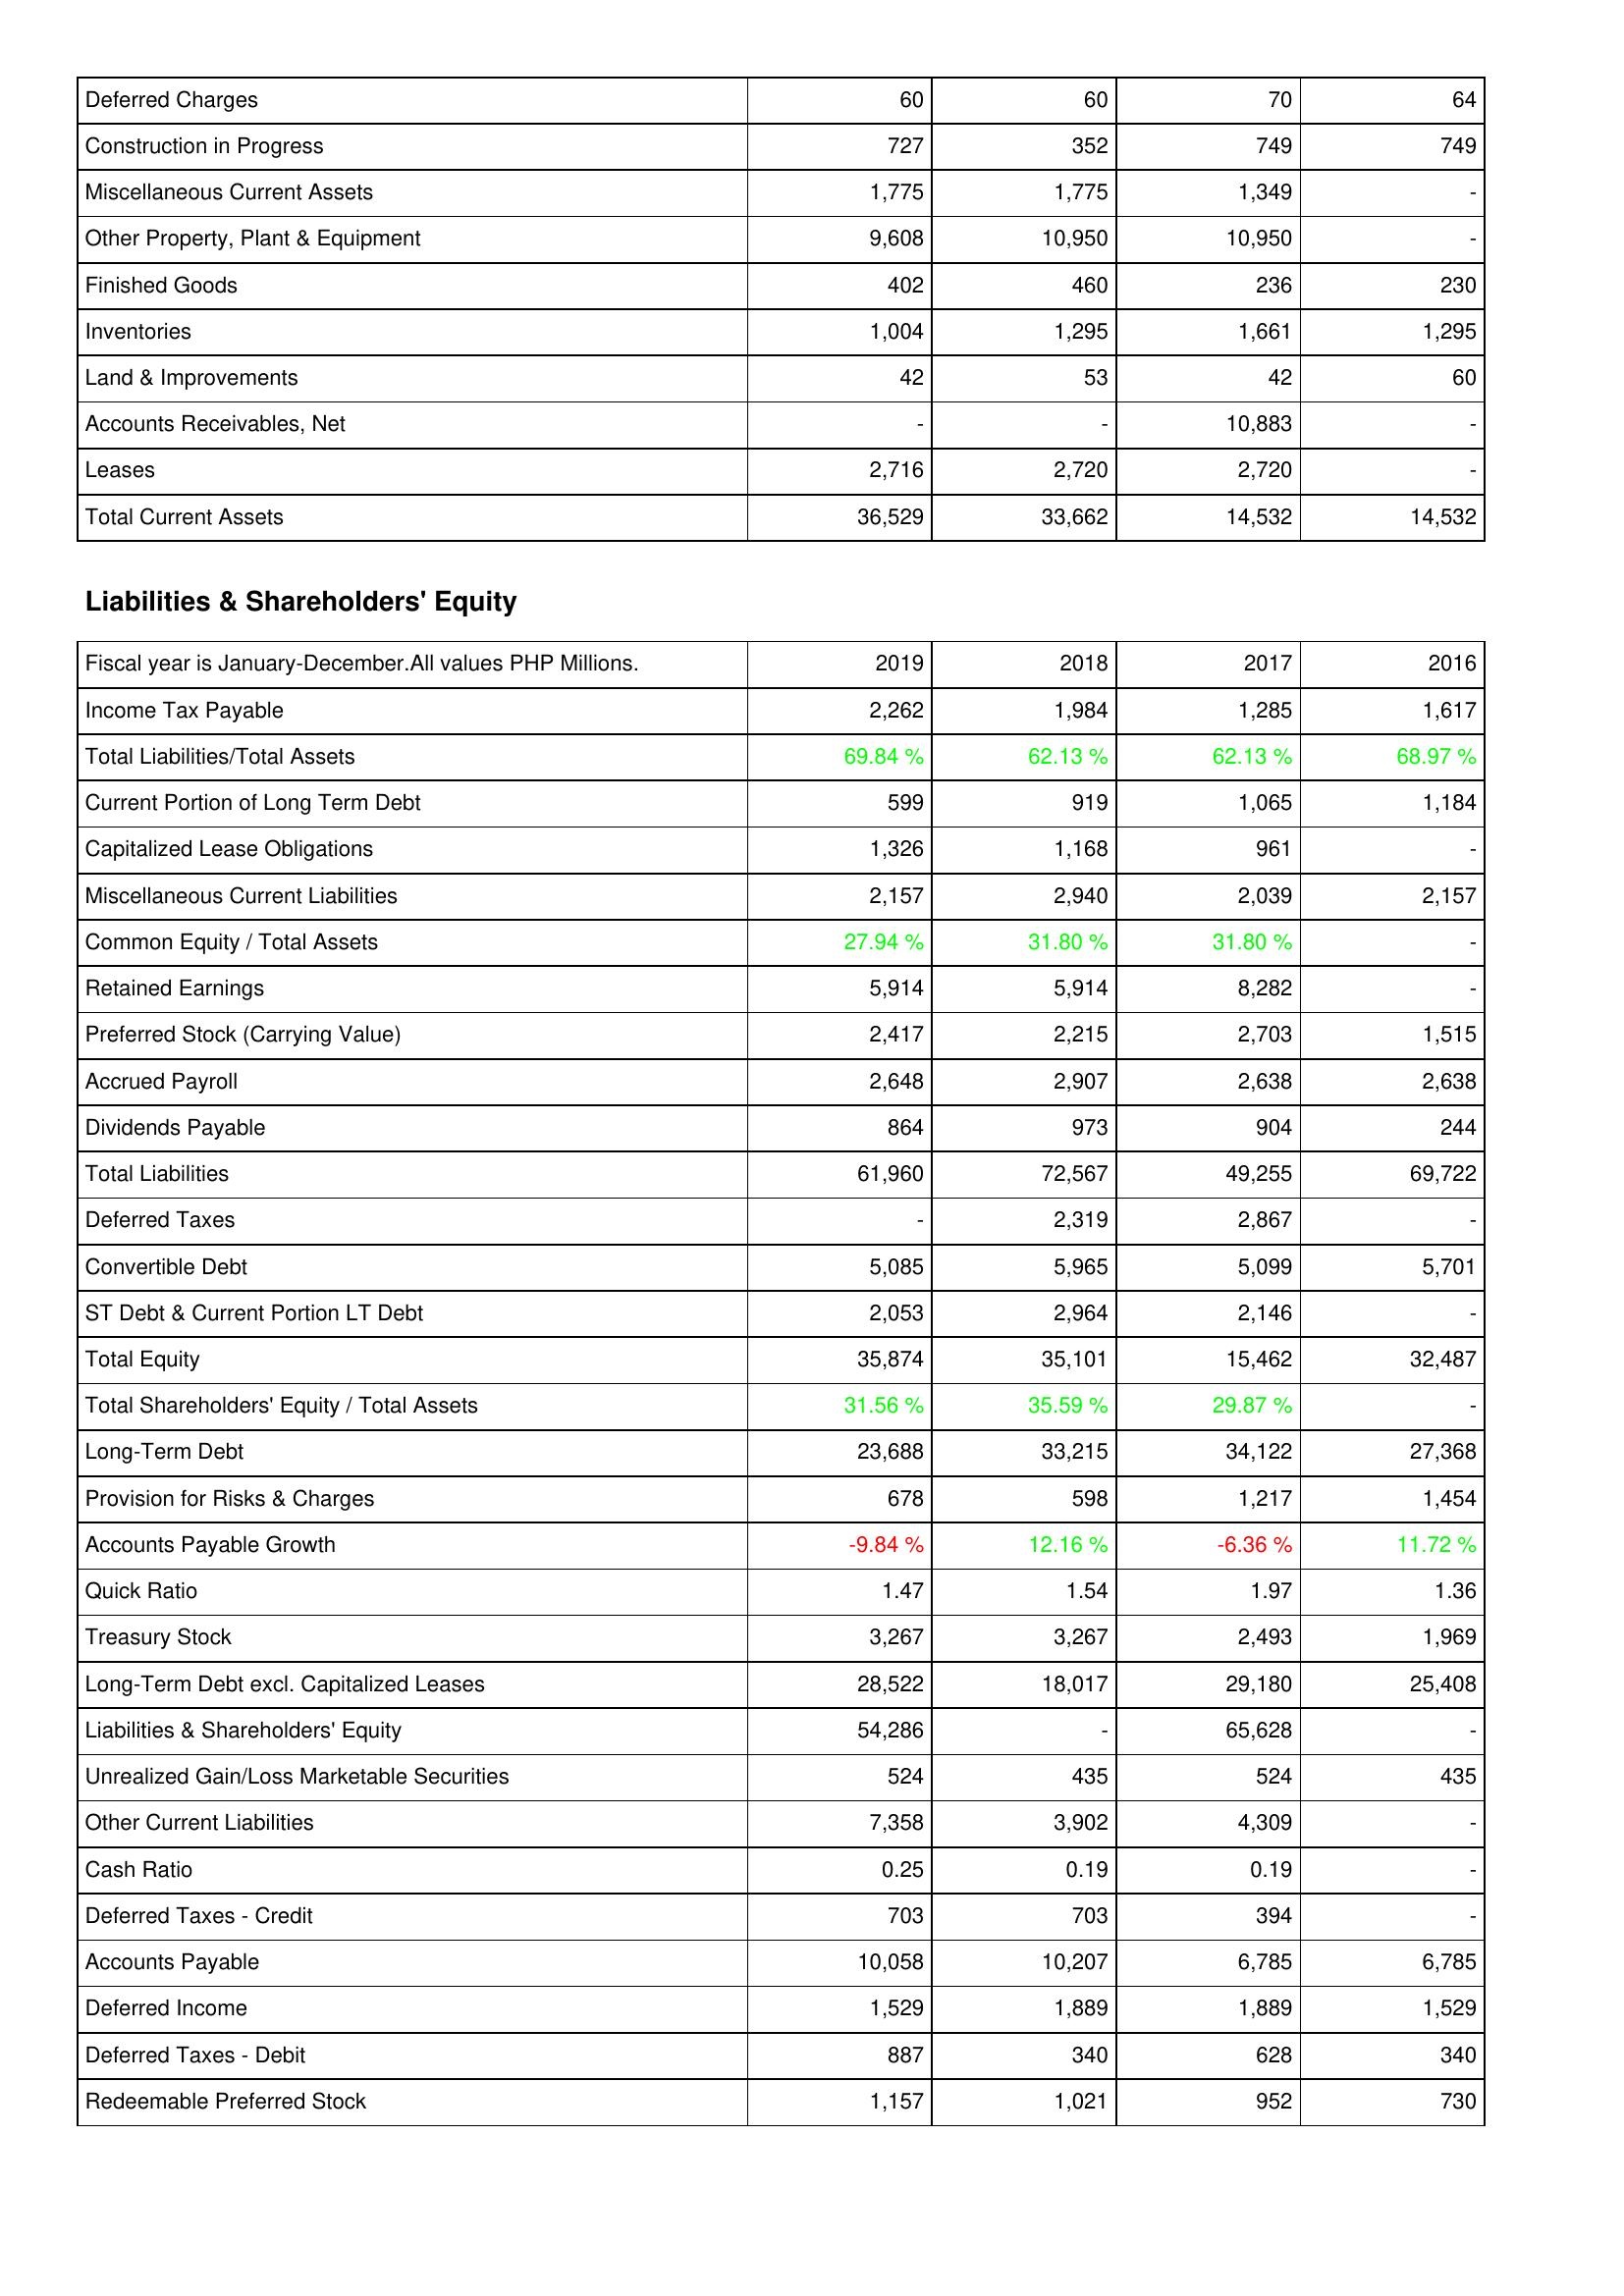
2019: Assets: Deferred Charges: 60
Construction in Progress: 727
Miscellaneous Current Assets: 1,775
Other Property, Plant & Equipment: 9,608
Finished Goods: 402
Inventories: 1,004
Land & Improvements: 42
Accounts Receivables, Net: -
Leases: 2,716
Total Current Assets: 36,529
Liabilities & Shareholders' Equity: Income Tax Payable: 2,262
Total Liabilities/Total Assets: 69.84 %
Current Portion of Long Term Debt: 599
Capitalized Lease Obligations: 1,326
Miscellaneous Current Liabilities: 2,157
Common Equity / Total Assets: 27.94 %
Retained Earnings: 5,914
Preferred Stock (Carrying Value): 2,417
Accrued Payroll: 2,648
Dividends Payable: 864
Total Liabilities: 61,960
Deferred Taxes: -
Convertible Debt: 5,085
ST Debt & Current Portion LT Debt: 2,053
Total Equity: 35,874
Total Shareholders' Equity / Total Assets: 31.56 %
Long-Term Debt: 23,688
Provision for Risks & Charges: 678
Accounts Payable Growth: -9.84 %
Quick Ratio: 1.47
Treasury Stock: 3,267
Long-Term Debt excl. Capitalized Leases: 28,522
Liabilities & Shareholders' Equity: 54,286
Unrealized Gain/Loss Marketable Securities: 524
Other Current Liabilities: 7,358
Cash Ratio: 0.25
Deferred Taxes - Credit: 703
Accounts Payable: 10,058
Deferred Income: 1,529
Deferred Taxes - Debit: 887
Redeemable Preferred Stock: 1,157
2018: Assets: Deferred Charges: 60
Construction in Progress: 352
Miscellaneous Current Assets: 1,775
Other Property, Plant & Equipment: 10,950
Finished Goods: 460
Inventories: 1,295
Land & Improvements: 53
Accounts Receivables, Net: -
Leases: 2,720
Total Current Assets: 33,662
Liabilities & Shareholders' Equity: Income Tax Payable: 1,984
Total Liabilities/Total Assets: 62.13 %
Current Portion of Long Term Debt: 919
Capitalized Lease Obligations: 1,168
Miscellaneous Current Liabilities: 2,940
Common Equity / Total Assets: 31.80 %
Retained Earnings: 5,914
Preferred Stock (Carrying Value): 2,215
Accrued Payroll: 2,907
Dividends Payable: 973
Total Liabilities: 72,567
Deferred Taxes: 2,319
Convertible Debt: 5,965
ST Debt & Current Portion LT Debt: 2,964
Total Equity: 35,101
Total Shareholders' Equity / Total Assets: 35.59 %
Long-Term Debt: 33,215
Provision for Risks & Charges: 598
Accounts Payable Growth: 12.16 %
Quick Ratio: 1.54
Treasury Stock: 3,267
Long-Term Debt excl. Capitalized Leases: 18,017
Liabilities & Shareholders' Equity: -
Unrealized Gain/Loss Marketable Securities: 435
Other Current Liabilities: 3,902
Cash Ratio: 0.19
Deferred Taxes - Credit: 703
Accounts Payable: 10,207
Deferred Income: 1,889
Deferred Taxes - Debit: 340
Redeemable Preferred Stock: 1,021
2017: Assets: Deferred Charges: 70
Construction in Progress: 749
Miscellaneous Current Assets: 1,349
Other Property, Plant & Equipment: 10,950
Finished Goods: 236
Inventories: 1,661
Land & Improvements: 42
Accounts Receivables, Net: 10,883
Leases: 2,720
Total Current Assets: 14,532
Liabilities & Shareholders' Equity: Income Tax Payable: 1,285
Total Liabilities/Total Assets: 62.13 %
Current Portion of Long Term Debt: 1,065
Capitalized Lease Obligations: 961
Miscellaneous Current Liabilities: 2,039
Common Equity / Total Assets: 31.80 %
Retained Earnings: 8,282
Preferred Stock (Carrying Value): 2,703
Accrued Payroll: 2,638
Dividends Payable: 904
Total Liabilities: 49,255
Deferred Taxes: 2,867
Convertible Debt: 5,099
ST Debt & Current Portion LT Debt: 2,146
Total Equity: 15,462
Total Shareholders' Equity / Total Assets: 29.87 %
Long-Term Debt: 34,122
Provision for Risks & Charges: 1,217
Accounts Payable Growth: -6.36 %
Quick Ratio: 1.97
Treasury Stock: 2,493
Long-Term Debt excl. Capitalized Leases: 29,180
Liabilities & Shareholders' Equity: 65,628
Unrealized Gain/Loss Marketable Securities: 524
Other Current Liabilities: 4,309
Cash Ratio: 0.19
Deferred Taxes - Credit: 394
Accounts Payable: 6,785
Deferred Income: 1,889
Deferred Taxes - Debit: 628
Redeemable Preferred Stock: 952
2016: Assets: Deferred Charges: 64
Construction in Progress: 749
Miscellaneous Current Assets: -
Other Property, Plant & Equipment: -
Finished Goods: 230
Inventories: 1,295
Land & Improvements: 60
Accounts Receivables, Net: -
Leases: -
Total Current Assets: 14,532
Liabilities & Shareholders' Equity: Income Tax Payable: 1,617
Total Liabilities/Total Assets: 68.97 %
Current Portion of Long Term Debt: 1,184
Capitalized Lease Obligations: -
Miscellaneous Current Liabilities: 2,157
Common Equity / Total Assets: -
Retained Earnings: -
Preferred Stock (Carrying Value): 1,515
Accrued Payroll: 2,638
Dividends Payable: 244
Total Liabilities: 69,722
Deferred Taxes: -
Convertible Debt: 5,701
ST Debt & Current Portion LT Debt: -
Total Equity: 32,487
Total Shareholders' Equity / Total Assets: -
Long-Term Debt: 27,368
Provision for Risks & Charges: 1,454
Accounts Payable Growth: 11.72 %
Quick Ratio: 1.36
Treasury Stock: 1,969
Long-Term Debt excl. Capitalized Leases: 25,408
Liabilities & Shareholders' Equity: -
Unrealized Gain/Loss Marketable Securities: 435
Other Current Liabilities: -
Cash Ratio: -
Deferred Taxes - Credit: -
Accounts Payable: 6,785
Deferred Income: 1,529
Deferred Taxes - Debit: 340
Redeemable Preferred Stock: 730